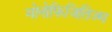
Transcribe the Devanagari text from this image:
मोनोफिजितिज्म